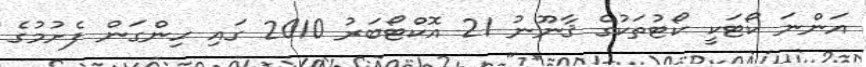
އަންނަ ކޯޓަކީ ކޯޓުތަކުގެ ޤާނޫނު 21 އޮކްޓޯބަރު 2010 ގައި ހިންގަން ފެށުމުގެ